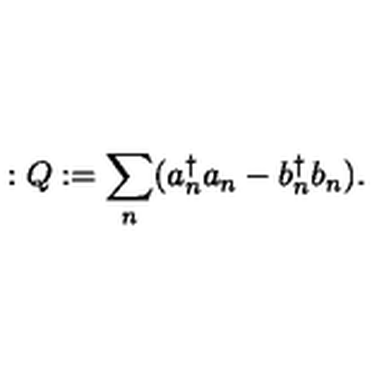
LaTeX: : Q : = \sum _ { n } ( a _ { n } ^ { \dagger } a _ { n } - b _ { n } ^ { \dagger } b _ { n } ) .